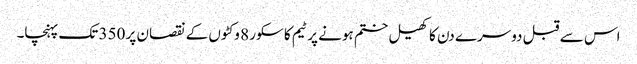
اس سے قبل دوسرے دن کا کھیل ختم ہونے پر ٹیم کا سکور 8 وکٹوں کے نقصان پر 350 تک پہنچا۔